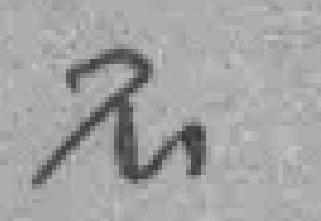
不